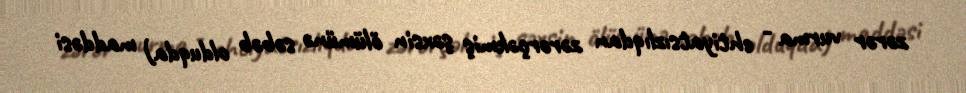
zərər vurma - ehtiyatsızlıqdan zərərçəkmiş şəxsin ölümünə səbəb olduqda) maddəsi